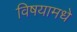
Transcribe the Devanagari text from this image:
विषयामधे